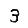
Digit: 3